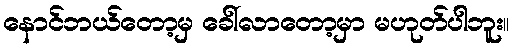
နောင်ဘယ်တော့မှ ခေါ်လာတော့မှာ မဟုတ်ပါဘူး။